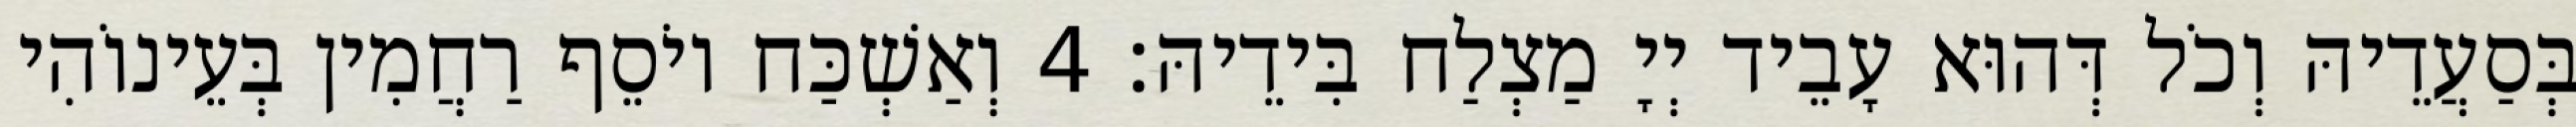
בְּסַעֲדֵיהּ וְכֹל דְּהוּא עָבֵיד יְיָ מַצְלַח בִּידֵיהּ׃ 4 וְאַשְׁכַּח יוֹסֵף רַחֲמִין בְּעֵינוֹהִי